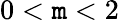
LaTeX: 0<\mathtt{m}<2